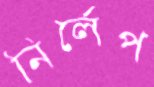
নির্লেপ